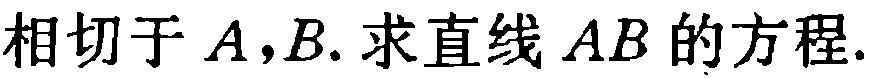
相切于\(A,B\). 求直线\(AB\)的方程.